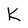
Character: K